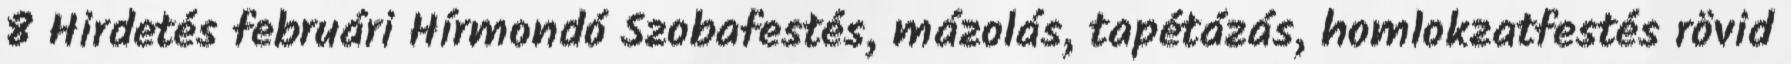
8 Hirdetés februári Hírmondó Szobafestés, mázolás, tapétázás, homlokzatfestés rövid